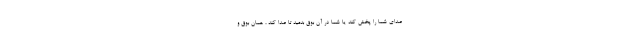
صدای شما را پخش کند یا شما در آن بوق بدمید تا صدا کند ، همان بوق و